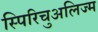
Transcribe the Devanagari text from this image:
स्पिरिचुअलिज्म